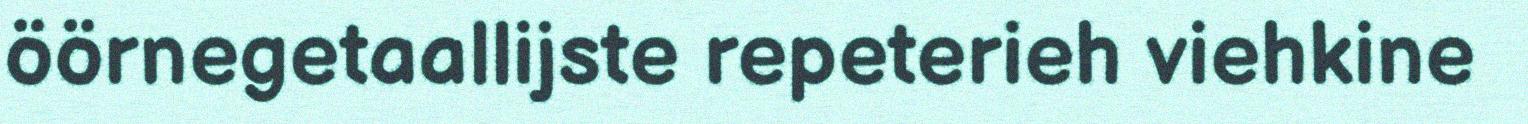
öörnegetaallijste repeterieh viehkine